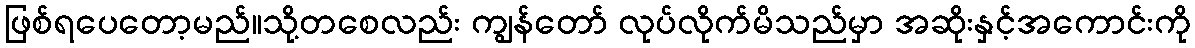
ဖြစ်ရပေတော့မည်။သို့တစေလည်း ကျွန်တော် လုပ်လိုက်မိသည်မှာ အဆိုးနှင့်အကောင်းကို